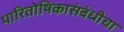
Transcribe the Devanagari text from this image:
पारितोषिकासंबंधीचा